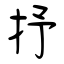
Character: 抒